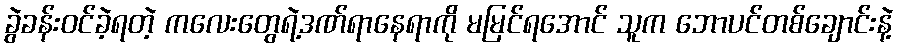
ခွဲခန်းဝင်ခဲ့ရတဲ့ ကလေးတွေရဲ့ဒဏ်ရာနေရာကို မမြင်ရအောင် သူက ဘောပင်တစ်ချောင်းနဲ့